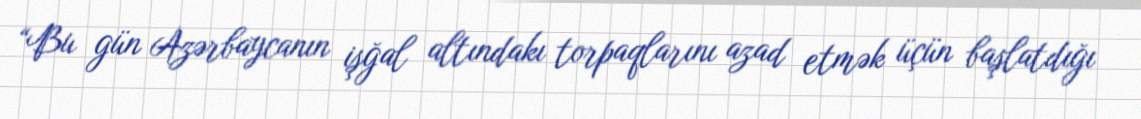
“Bu gün Azərbaycanın işğal altındakı torpaqlarını azad etmək üçün başlatdığı